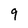
Character: 9